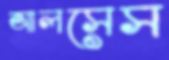
আলসেস